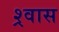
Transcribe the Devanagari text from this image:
श्र्वास